Statistical return of the lunatic asylum in Assam - 1912-1932
Year: 1912
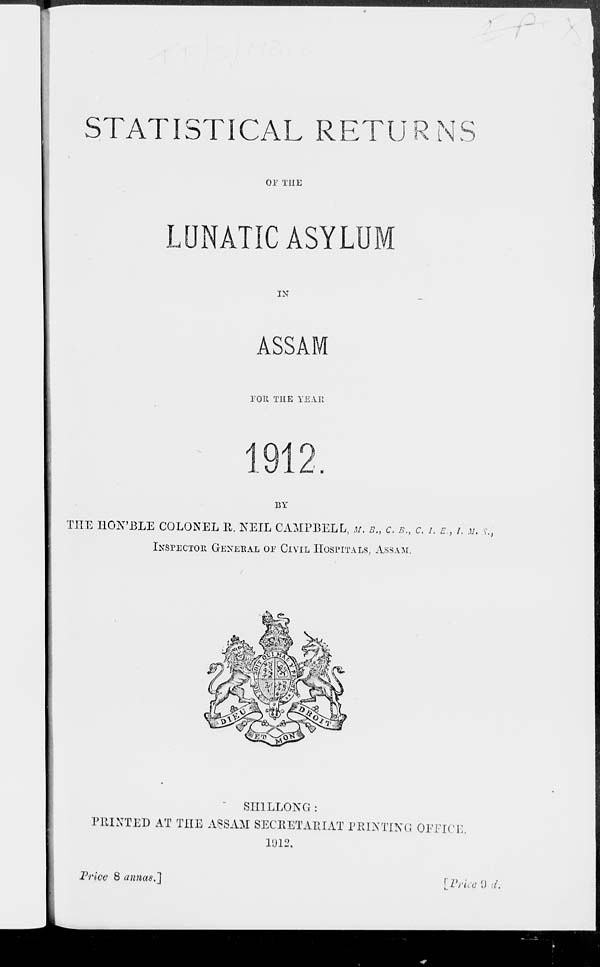
STATISTICAL RETURNS
or THE
LUNATIC ASYLU
IN
ASSAM
TOR THE YE Alt
a
BY
THE IION'BLE COLONEL R. NEIL CAMPBELL, M. B., C. B. } C. I. E., /. v. ?.,
INSPECTOR GENERAL OF CIVIL HOSPITALS, ASSAM.
SH1LLONG :
PRINTED AT THE ASSAM SECRETARIAT PRINTING OFFICE.
1012.
JPrioe 8 annas."]
[Priced d.